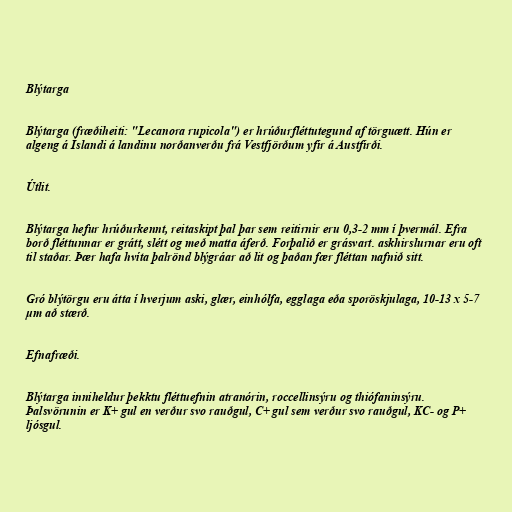
Blýtarga

Blýtarga (fræðiheiti: "Lecanora rupicola") er hrúðurfléttutegund af törguætt. Hún er
algeng á Íslandi á landinu norðanverðu frá Vestfjörðum yfir á Austfirði.

Útlit.

Blýtarga hefur hrúðurkennt, reitaskipt þal þar sem reitirnir eru 0,3-2 mm í þvermál. Efra
borð fléttunnar er grátt, slétt og með matta áferð. Forþalið er grásvart. askhirslurnar eru oft
til staðar. Þær hafa hvíta þalrönd blýgráar að lit og þaðan fær fléttan nafnið sitt.

Gró blýtörgu eru átta í hverjum aski, glær, einhólfa, egglaga eða sporöskjulaga, 10-13 x 5-7
μm að stærð.

Efnafræði.

Blýtarga inniheldur þekktu fléttuefnin atranórin, roccellinsýru og thiófaninsýru.
Þalsvörunin er K+ gul en verður svo rauðgul, C+ gul sem verður svo rauðgul, KC- og P+
ljósgul.